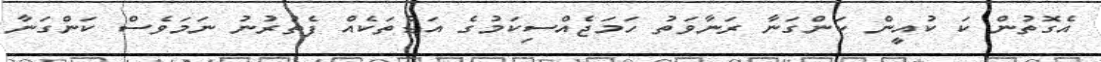
އެގޮތުން ކަ ކުއީން ކަންގަނާ ރަނާވަތު ހަމަޖެއްސިކަމުގެ އަޑުތަކެއް ފެތުރުނު ނަމަވެސް ކަންގަނާ